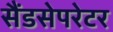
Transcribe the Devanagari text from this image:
सैंडसेपरेटर